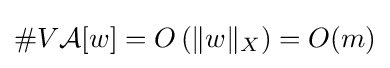
\#V{\mathcal {A}}[w]=O\left(\|w\|_{X}\right)=O(m)